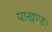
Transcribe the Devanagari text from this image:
पाखण्ड।